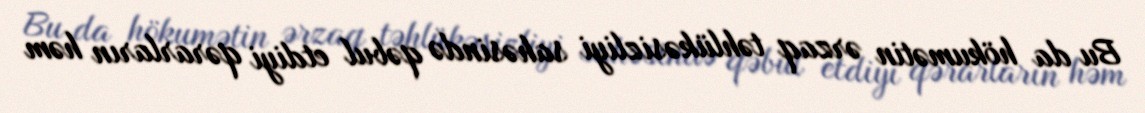
Bu da hökumətin ərzaq təhlükəsizliyi sahəsində qəbul etdiyi qərarların həm